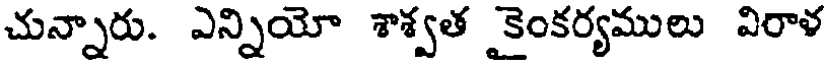
చున్నారు. ఎన్నియో శాశ్వత కైంకర్యములు విరాళ